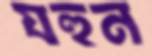
যহুন